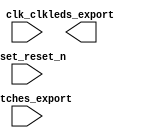

module unsaved (
	clk_clk,
	leds_export,
	reset_reset_n,
	switches_export);	

	input		clk_clk;
	output	[7:0]	leds_export;
	input		reset_reset_n;
	input	[7:0]	switches_export;
endmodule